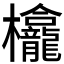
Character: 𱤵